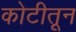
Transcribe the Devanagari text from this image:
कोटीतून